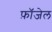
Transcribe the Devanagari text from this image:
फ़ॉजेल